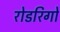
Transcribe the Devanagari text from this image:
रोडरिगो